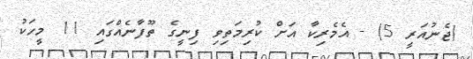
(ޖެނުއަރީ 5) - އެމެރިކާ އަށް ކުރިމަތިވި ފިނީގެ ތޫފާނެއްގައި 11 މީހަކު